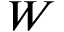
W